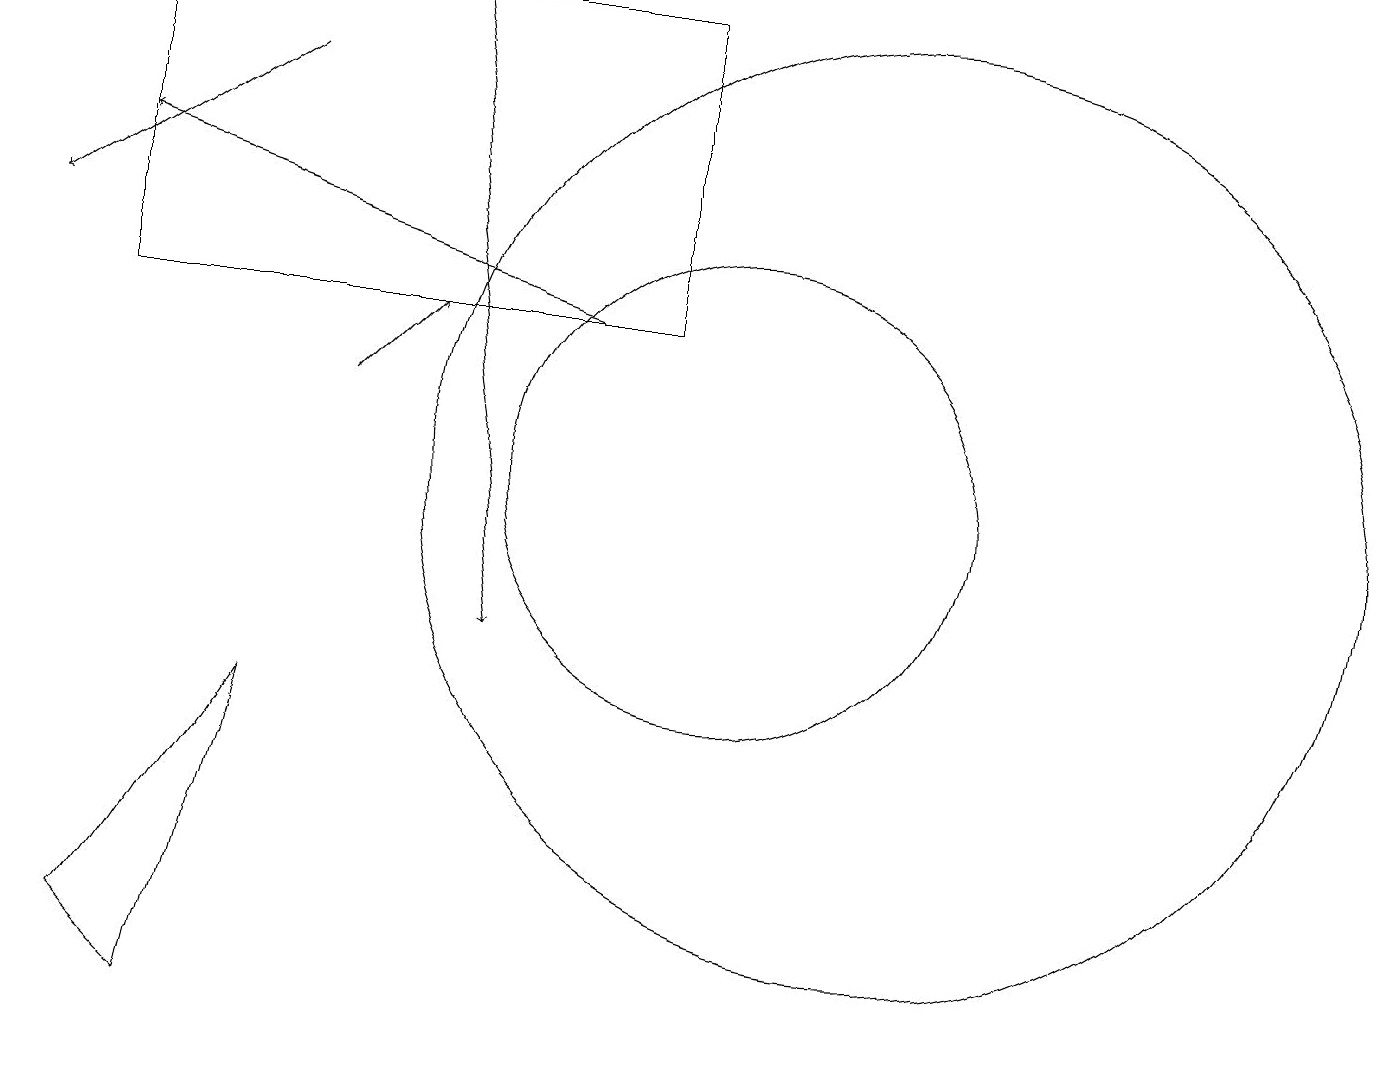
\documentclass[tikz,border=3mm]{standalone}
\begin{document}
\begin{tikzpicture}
\draw[->] (8,14) -- (2,16);
\draw (10,12) circle (3);
\draw (12,12) circle (6);
\draw (3,5) -- (4,9) -- (2,6) -- cycle;
\draw[->] (6,18) -- (7,10);
\draw[->] (5,13) -- (6,14);
\draw[->] (4,17) -- (1,15);
\draw (2,14) rectangle (9,18);
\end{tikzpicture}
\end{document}